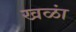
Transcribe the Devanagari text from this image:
खळां